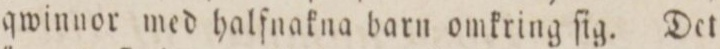
qwinnor med halfnakna barn omkring ſig. Det